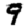
Digit: 9